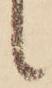
候